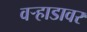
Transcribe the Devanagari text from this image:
वर्‍हाडावर